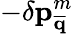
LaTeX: -\delta\mathbf{p}_{\overline{{\mathbf{q}}}}^{m}